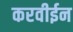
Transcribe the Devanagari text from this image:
करवीईन